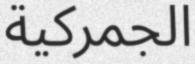
الجمركية